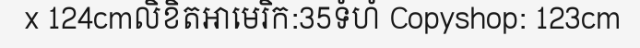
x 124cmលិខិតអាមេរិក:35ទំហំ Copyshop: 123cm